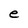
Character: e